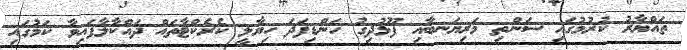
ތައްޔާރު ކުރުމުގައި ސަންތި މަރިޔަނބާއި ފޫޅުދިގު ހަންޑިފަދަ ހިޔާލީ ކެރެކްޓާތައް ދައްކާލާފައިވާ ކަމުގައި